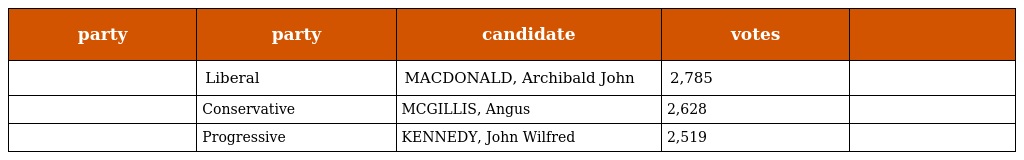
| party | party | candidate | votes |  |
 | --- | --- | --- | --- | --- |
 |  | Liberal | MACDONALD, Archibald John | 2,785 |  |
 |  | Conservative | MCGILLIS, Angus | 2,628 |  |
 |  | Progressive | KENNEDY, John Wilfred | 2,519 |  |